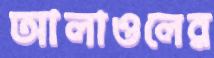
আলাওলের